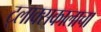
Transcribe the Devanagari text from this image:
ट्लाक्सकालाचा